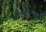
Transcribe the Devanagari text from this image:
४९।।